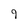
Character: 9